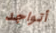
أتواجد